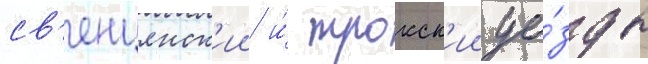
св'енцянск'ии и́ трокск'ии уе́зды